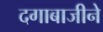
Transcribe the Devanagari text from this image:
दगाबाजीने